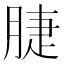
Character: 脻